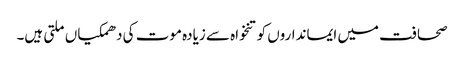
صحافت میں ایمانداروں کو تنخواہ سے زیادہ موت کی دھمکیاں ملتی ہیں۔